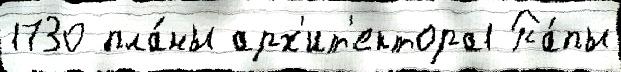
1730 пла́ны арх'ит'ектора1 Па́пы